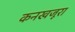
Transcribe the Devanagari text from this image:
कनखजूरा